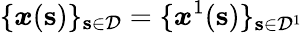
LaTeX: \{ \boldsymbol{x}(\mathbf{s})\} _{\mathbf{s}\in\mathcal{D}}=\{ \boldsymbol{x}^{1}(\mathbf{s})\} _{\mathbf{s}\in\mathcal{D}^{1}}